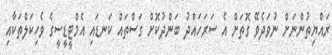
ރައްޔިތުންނަށް ނުވަދެވޭ ގޮތަށް އެ ސަރަހައްދު ބަންދުކޮށް ގަސްތައް ކަނޑައި އެމްޓީޑީސީގެ ވެހިކަލްތަކާއި